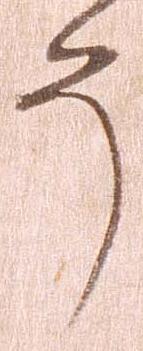
う